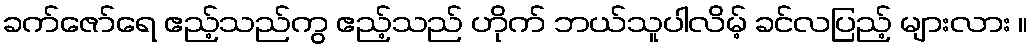
ခက်ဇော်ရေ ဧည့်သည်ကွ ဧည့်သည် ဟိုက် ဘယ်သူပါလိမ့် ခင်လပြည့် များလား ။